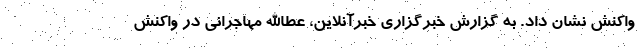
واکنش نشان داد. به گزارش خبرگزاری خبرآنلاین، عطاالله مهاجرانی در واکنش